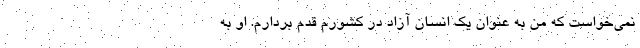
نمی‌خواست که من به عنوان یک انسان آزاد در کشورم قدم بردارم. او به